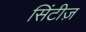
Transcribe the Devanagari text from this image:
सिंटीज़